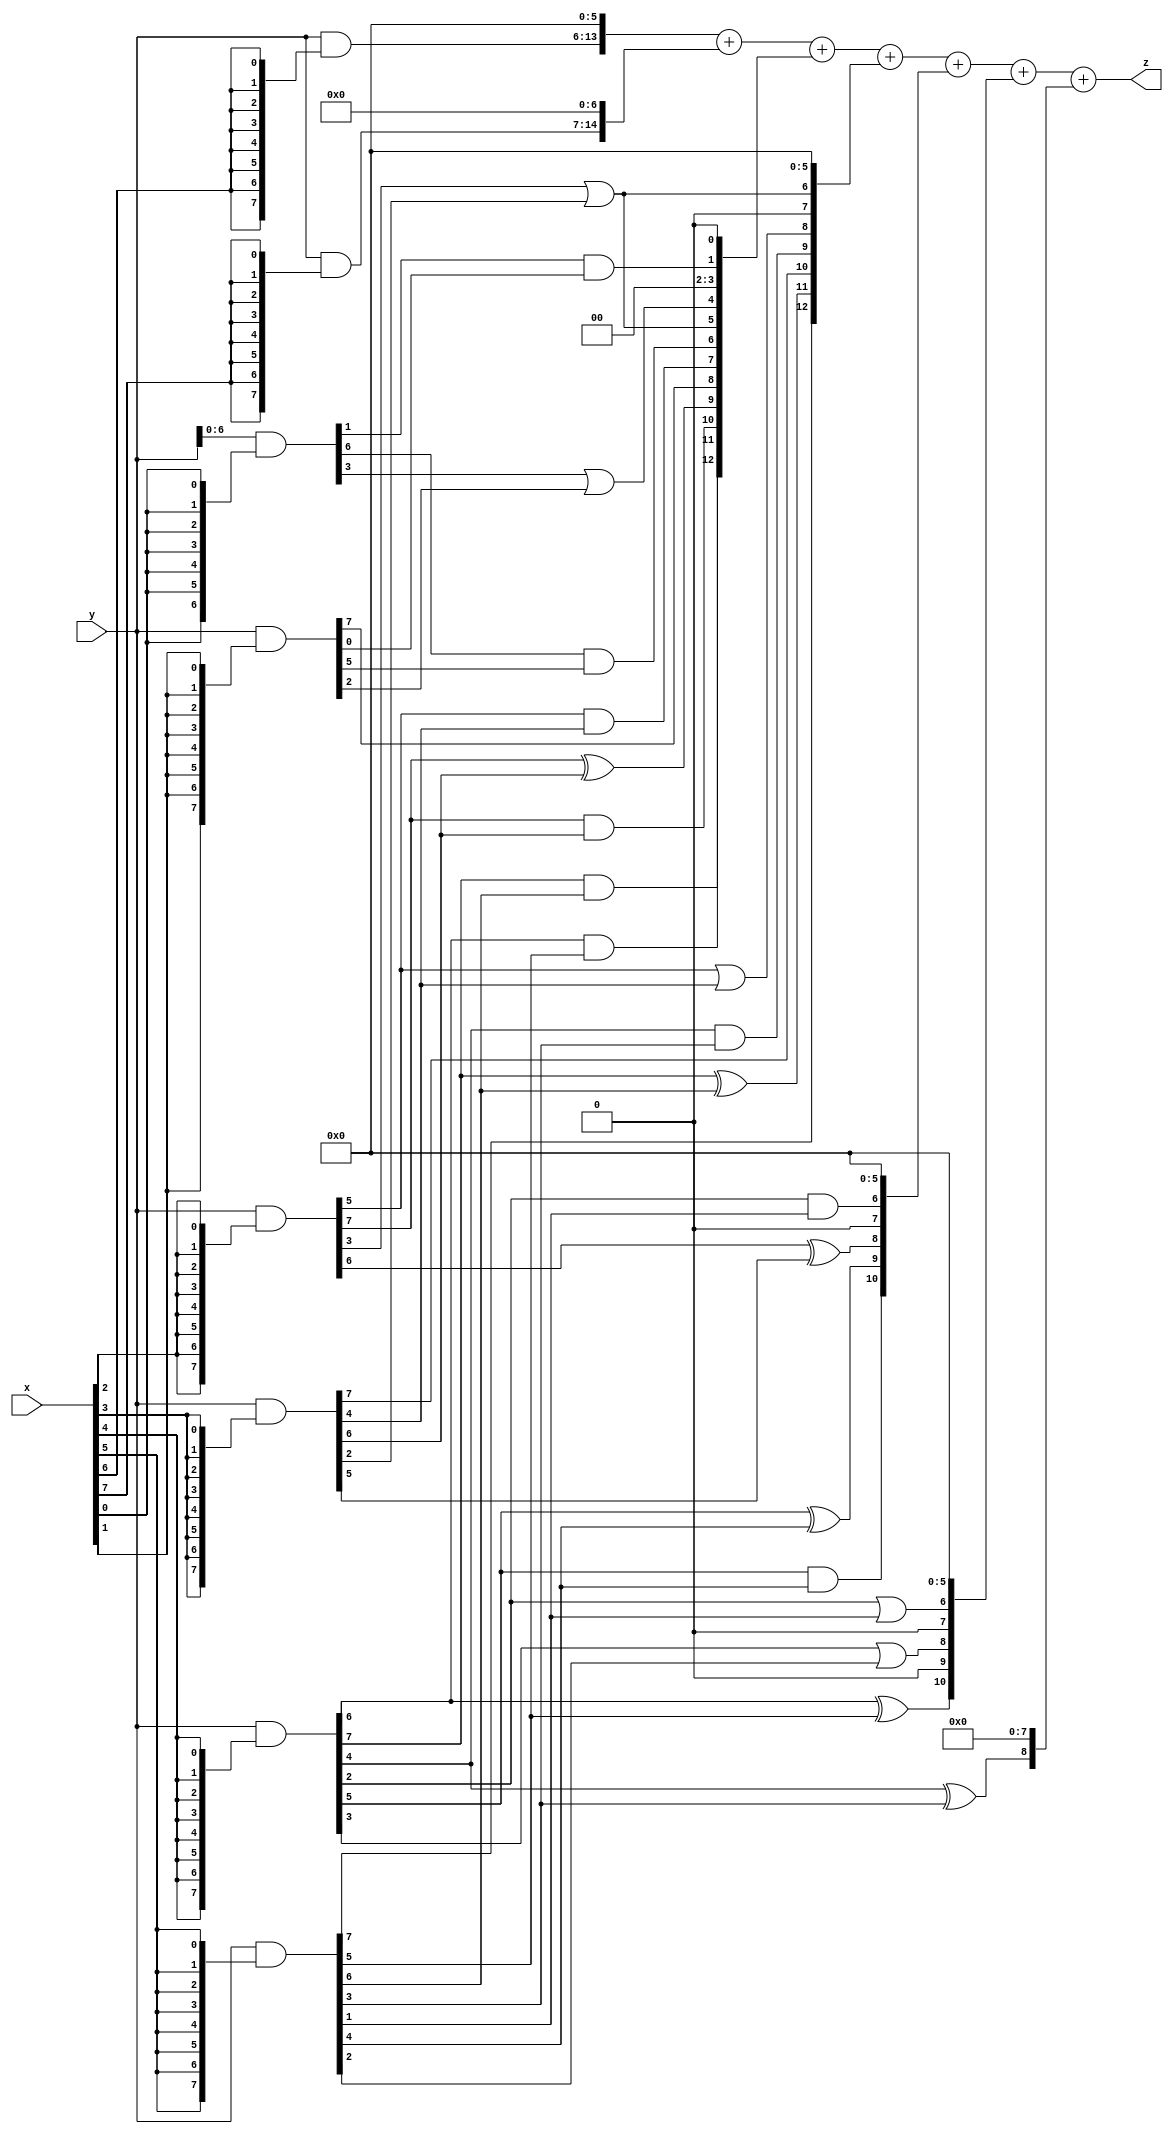
module LeNet_XWYF_51 (
    input  [7:0]  x,
    input  [7:0]  y,
    output [15:0] z
);


wire [7:0] part1 =  y & {8{x[0]}};
wire [7:0] part2 = (y & {8{x[1]}});
wire [7:0] part3 = (y & {8{x[2]}});
wire [7:0] part4 = (y & {8{x[3]}});

wire [7:0] part5 = (y & {8{x[4]}});
wire [7:0] part6 = (y & {8{x[5]}});
wire [7:0] part7 = (y & {8{x[6]}});
wire [7:0] part8 = (y & {8{x[7]}});

wire [12:0] new_part1;
wire [12:0] new_part2;
wire [12:0] new_part3;
wire [12:0] new_part4;
wire [12:0] new_part5;

assign new_part1[0] = 0;
assign new_part1[1] = part1[1]&part2[0];
assign new_part1[2] = 0;
assign new_part1[3] = 0;
assign new_part1[4] = part1[3]|part2[2];
assign new_part1[5] = part3[3]|part4[2];
assign new_part1[6] = part1[6]&part2[5];
assign new_part1[7] = part3[5]&part4[4];
assign new_part1[8] = part2[7];
assign new_part1[9] = part3[7]^part4[6];
assign new_part1[10] = part3[7]&part4[6];
assign new_part1[11] = part5[6]&part6[5];
assign new_part1[12] = part5[7]&part6[6];

assign new_part2[0] = 0;
assign new_part2[1] = 0;
assign new_part2[2] = 0;
assign new_part2[3] = 0;
assign new_part2[4] = 0;
assign new_part2[5] = 0;
assign new_part2[6] = part3[3]|part4[2];
assign new_part2[7] = 0;
assign new_part2[8] = part3[5]|part4[4];
assign new_part2[9] = part5[4]&part6[3];
assign new_part2[10] = part4[7];
assign new_part2[11] = part5[7]^part6[6];
assign new_part2[12] = part6[7];

assign new_part3[0] = 0;
assign new_part3[1] = 0;
assign new_part3[2] = 0;
assign new_part3[3] = 0;
assign new_part3[4] = 0;
assign new_part3[5] = 0;
assign new_part3[6] = part5[2]&part6[1];
assign new_part3[7] = 0;
assign new_part3[8] = part3[6]^part4[5];
assign new_part3[9] = part5[5]^part6[4];
assign new_part3[10] = part5[5]&part6[4];
assign new_part3[11] = 0;
assign new_part3[12] = 0;

assign new_part4[0] = 0;
assign new_part4[1] = 0;
assign new_part4[2] = 0;
assign new_part4[3] = 0;
assign new_part4[4] = 0;
assign new_part4[5] = 0;
assign new_part4[6] = part5[2]|part6[1];
assign new_part4[7] = 0;
assign new_part4[8] = part5[3]|part6[2];
assign new_part4[9] = 0;
assign new_part4[10] = part5[6]^part6[5];
assign new_part4[11] = 0;
assign new_part4[12] = 0;

assign new_part5[0] = 0;
assign new_part5[1] = 0;
assign new_part5[2] = 0;
assign new_part5[3] = 0;
assign new_part5[4] = 0;
assign new_part5[5] = 0;
assign new_part5[6] = 0;
assign new_part5[7] = 0;
assign new_part5[8] = part5[4]^part6[3];
assign new_part5[9] = 0;
assign new_part5[10] = 0;
assign new_part5[11] = 0;
assign new_part5[12] = 0;

assign z = {part7, 6'b0} + {part8, 7'b0} + new_part1 + new_part2 + new_part3 + new_part4 + new_part5;

endmodule